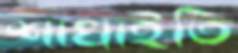
শাখাইতি